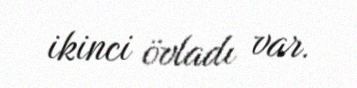
ikinci övladı var.